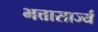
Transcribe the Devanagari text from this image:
भत्तासार्ज्य